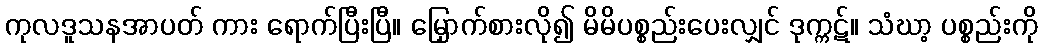
ကုလဒူသနအာပတ် ကား ရောက်ပြီးပြီ။ မြှောက်စားလို၍ မိမိပစ္စည်းပေးလျှင် ဒုက္ကဋ်။ သံဃာ့ ပစ္စည်းကို